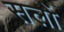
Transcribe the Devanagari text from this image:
सलों